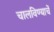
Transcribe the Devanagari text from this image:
चालविण्याचें